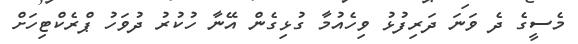
މެސީގެ ދެ ވަނަ ދަރިފުޅު ވިހެއުމާ ގުޅިގެން އޭނާ ހުކުރު ދުވަހު ޕްރެކްޓިހަށް